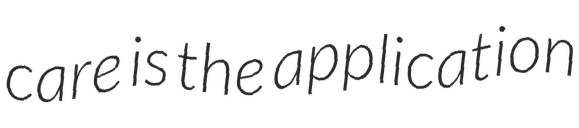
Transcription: care is the application